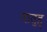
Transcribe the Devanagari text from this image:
दातुह्